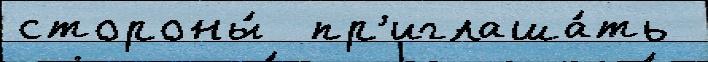
стороны́  пр'иглаша́ть